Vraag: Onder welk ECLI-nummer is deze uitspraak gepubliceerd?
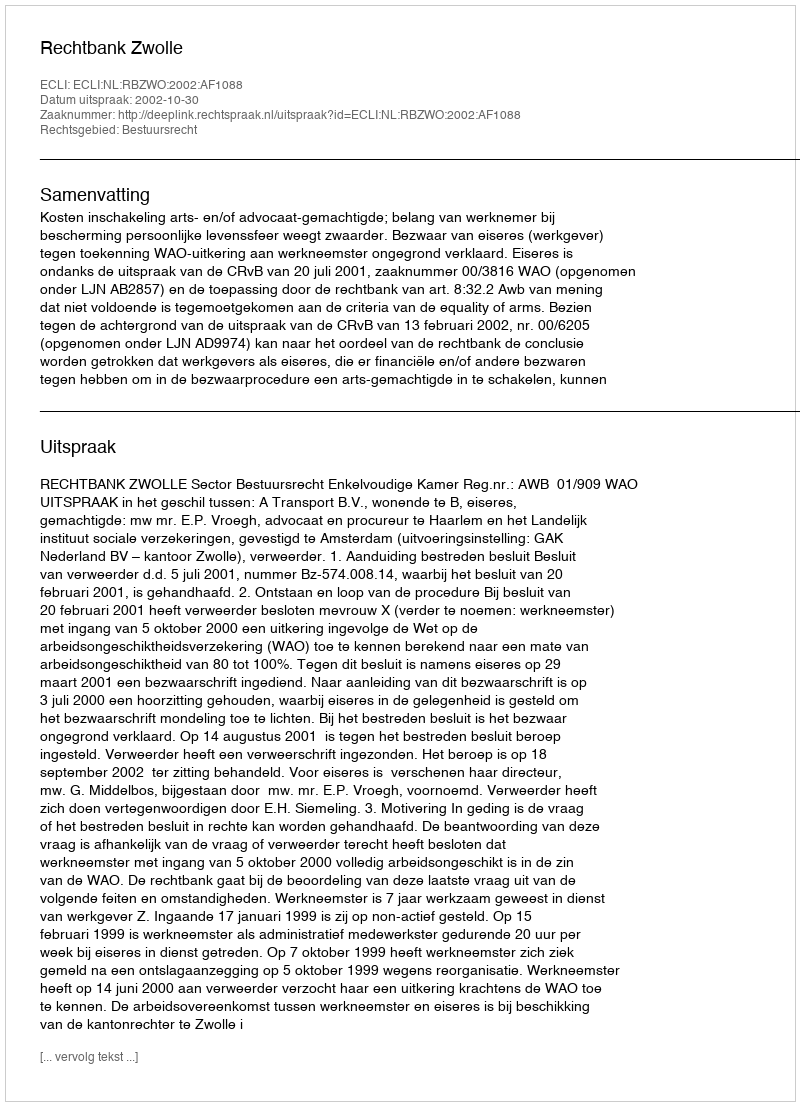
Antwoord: ECLI:NL:RBZWO:2002:AF1088